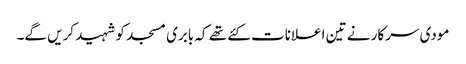
مودی سرکار نے تین اعلانات کئے تھے کہ بابری مسجد کو شہید کریں گے۔